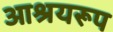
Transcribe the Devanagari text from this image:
आश्रयरूप